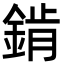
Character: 錹